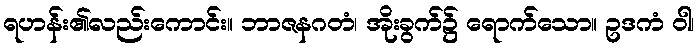
ရဟန်း၏လည်းကောင်း။ ဘာဇနဂတံ၊ အိုးခွက်၌ ရောက်သော။ ဥဒကံ ဝါ၊